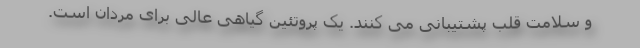
و سلامت قلب پشتیبانی می کنند. یک پروتئین گیاهی عالی برای مردان است.